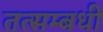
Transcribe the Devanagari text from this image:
तत्सम्बधी